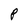
Character: P